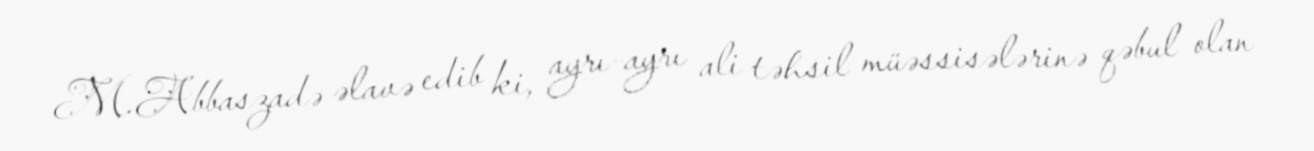
M.Abbaszadə əlavə edib ki, ayrı-ayrı ali təhsil müəssisələrinə qəbul olan